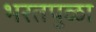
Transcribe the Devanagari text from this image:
भरतपुळा